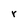
Character: r